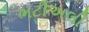
ભટીઅલી